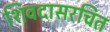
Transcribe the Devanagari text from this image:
शिवदासरचित